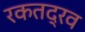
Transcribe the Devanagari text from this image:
रकतद्रव